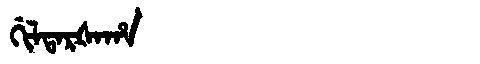
Manchu: ᡤᡳᠯᡨᠠᡵᡧᠠᡥᠠ
Romanization: GILTARŠAHA